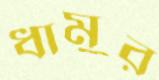
ধামুর